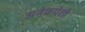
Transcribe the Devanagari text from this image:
अनेकपेशी